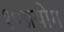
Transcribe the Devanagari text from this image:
१०प्रयोग